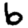
Digit: 6